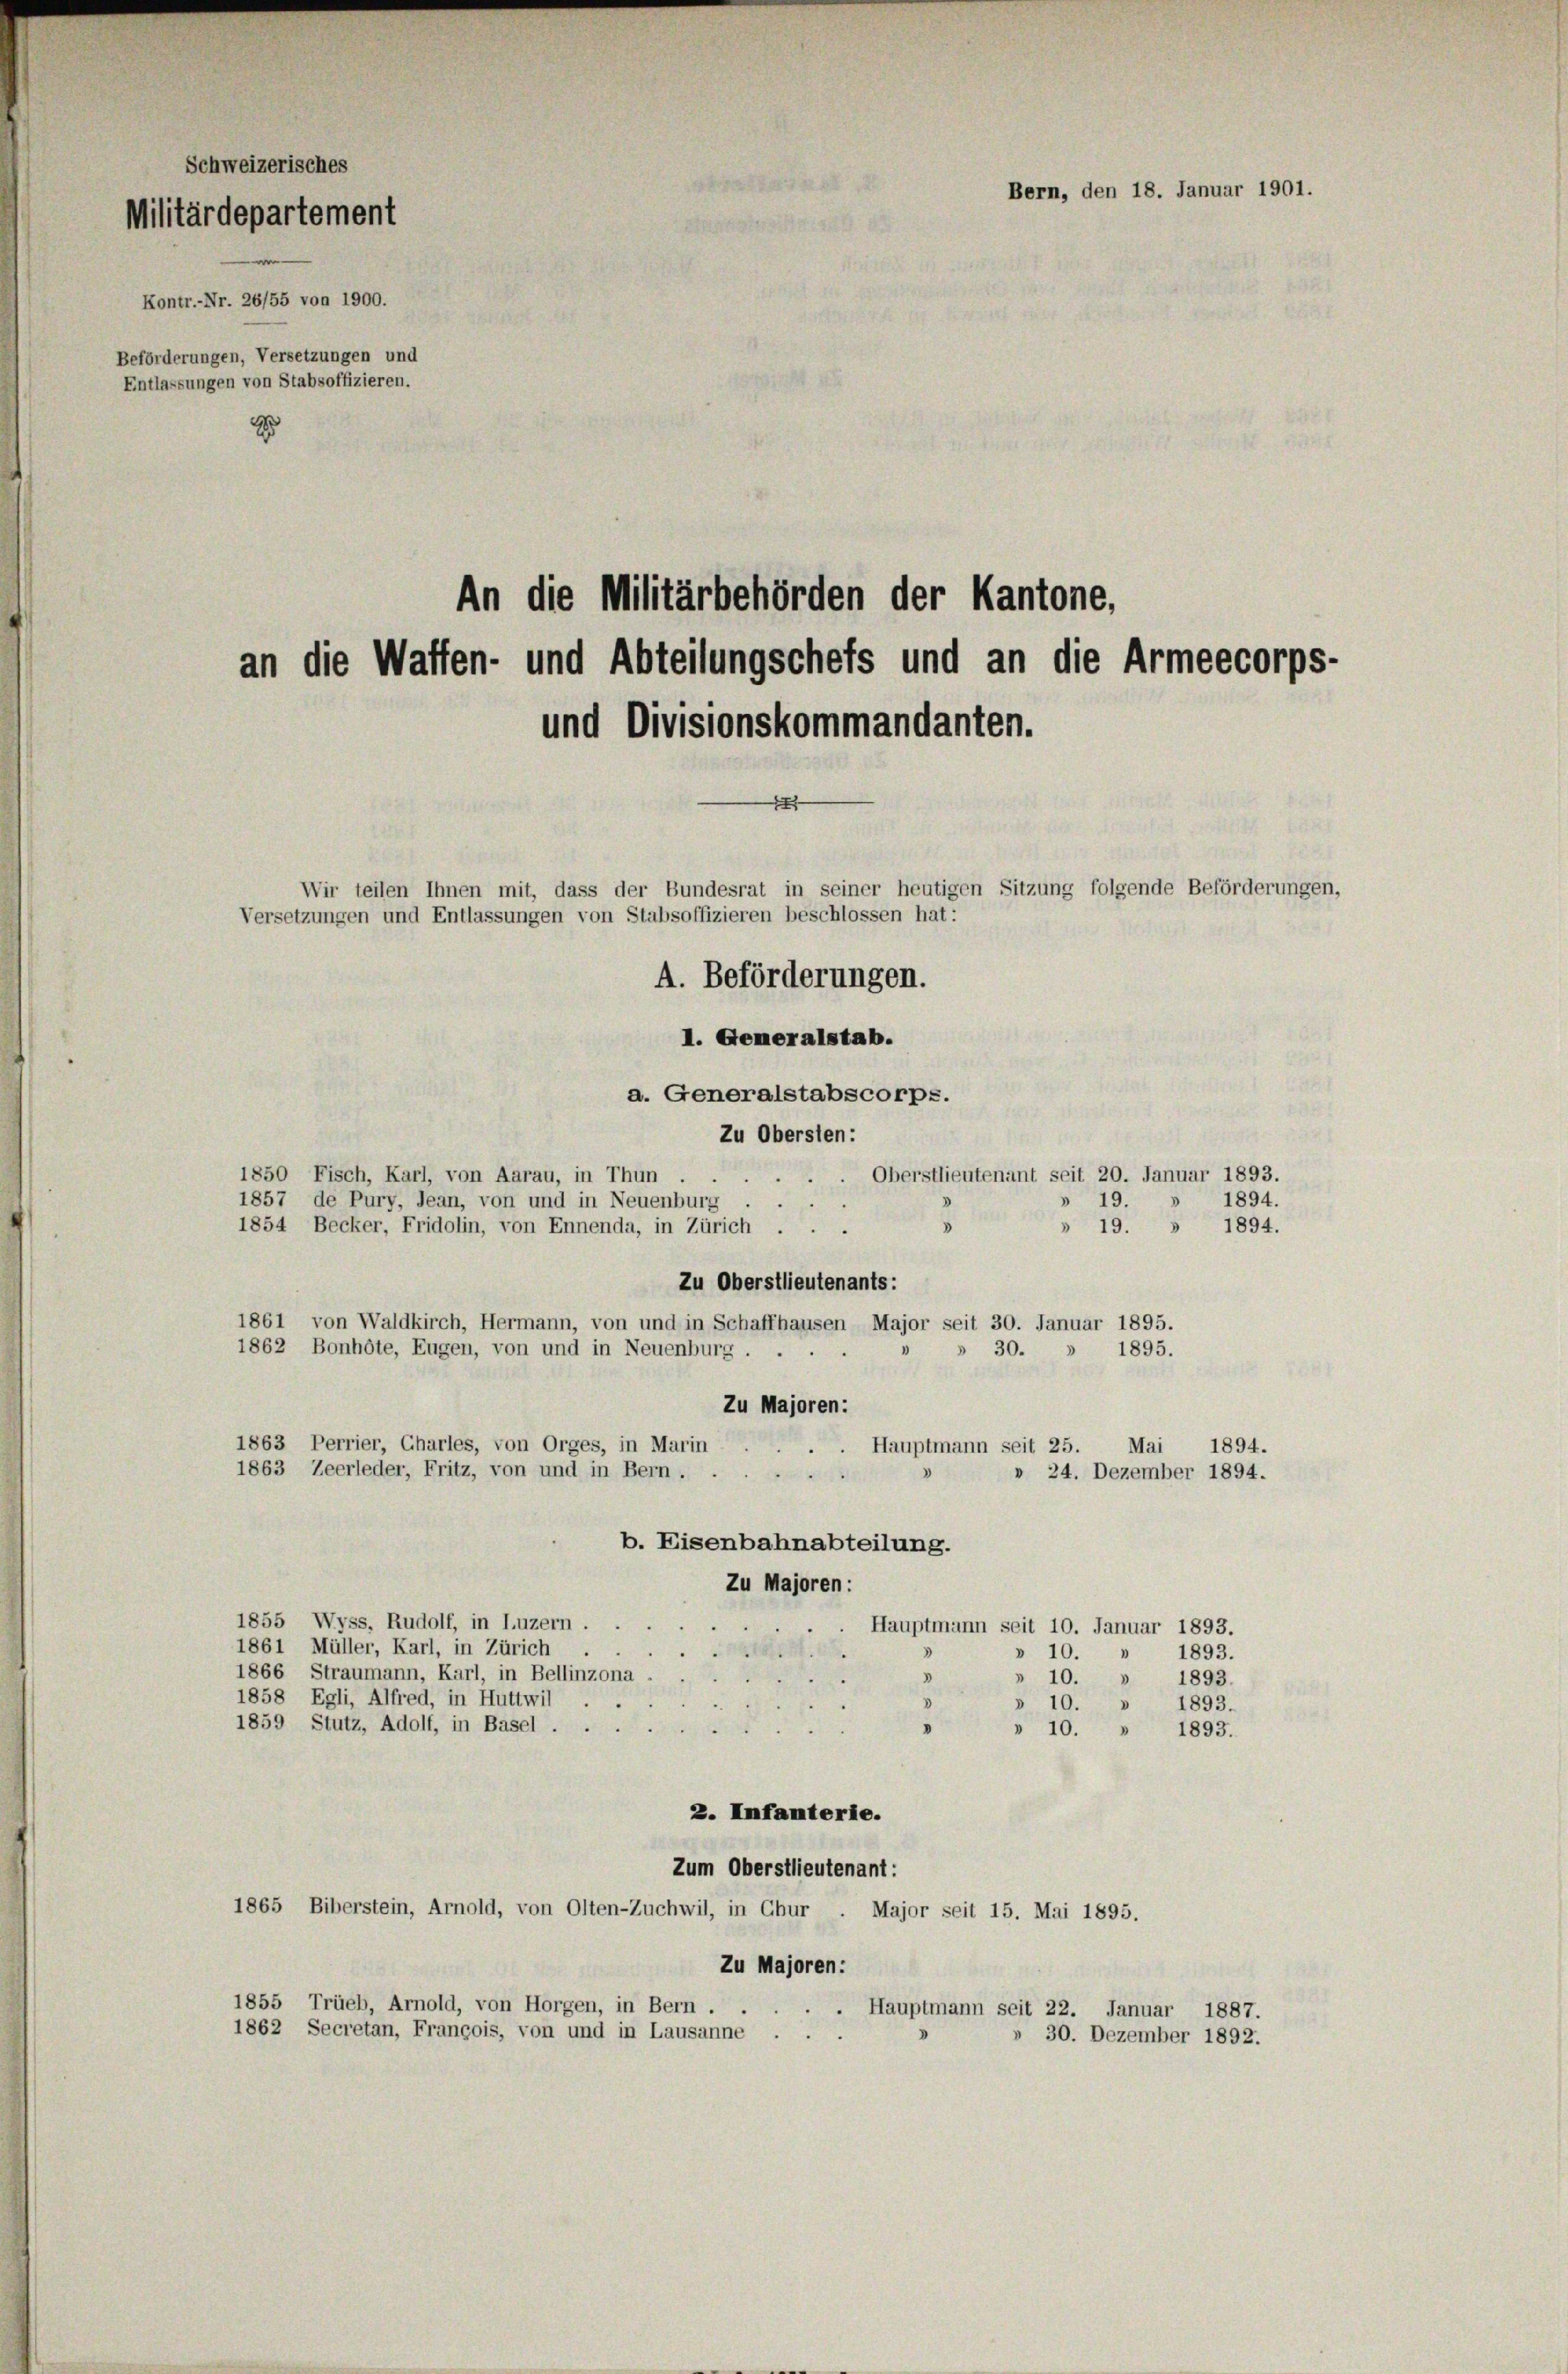
Schweizerisches
Militärdepartement
Kontr.-Nr. 26/55 von 1900.
Beförderungen, Versetzungen und
Entlassungen von Stabsoffizieren.
2

An die Militärbehörden der Kantone,
Wir teilen Ihnen mit, dass der Bundesrat in seiner heutigen Sitzung folgende Beförderungen,
Versetzungen und Entlassungen von Stabsoffizieren beschlossen hat:
A. Beförderungen.

an die Waffen- und Abteilungschefs und an die Armeecorps-
und Divisionskommandanten.

I. Generalstab.
a. Generalstabscorps.
Zu Obersten:
1850 Fisch, Karl, von Aarau, in Thun
Oberstlieutenant seit 20. Januar 1893.
1857 de Pury, Jean, von und in Neuenburg
1894.
19.
d
1854 Becker, Fridolin, von Ennenda, in Zürich ...
» 19. » 1894.
Zu Oberstlieutenants:
1861 von Waldkirch, Hermann, von und in Schaffhausen Major seit 30. Januar 1895.
1862 Bonhöte, Eugen, von und in Neuenburg .
30. » 1895.
Zu Majoren:
1863 Perrier, Charles, von Orges, in Marin
Hauptmann seit 25. Mai 1894.
1863 Zeerleder, Fritz, von und in Bern.
» 24. Dezember 1894.
A
b. Eisenbahnabteilung.
Zu Majoren:
1855 Wyss, Rudolf, in Luzern.
Hauptmann seit 10. Januar 1893.
1861 Müller, Karl, in Zürich
221
» 10.
1893.
1866 Straumann, Karl, in Bellinzona
3
» 10. » 1893.
1858 Egli, Alfred, in Huttwil
» 10. » 1893.
1859 Stutz, Adolf, in Basel . .
» 10. „ 1893.
2. Infanterie.
Zum Oberstlieutenant:
1865 Biberstein, Arnold, von Olten-Zuchwil, in Chur
Major seit 15. Mai 1895.
Zu Majoren:
1855 Trüeb, Arnold, von Horgen, in Bern .
Hauptmann seit 22. Januar 1887.
1862 Secretan, François, von und in Lausanne .
» 30. Dezember 1892.

Bern, den 18. Januar 1901.